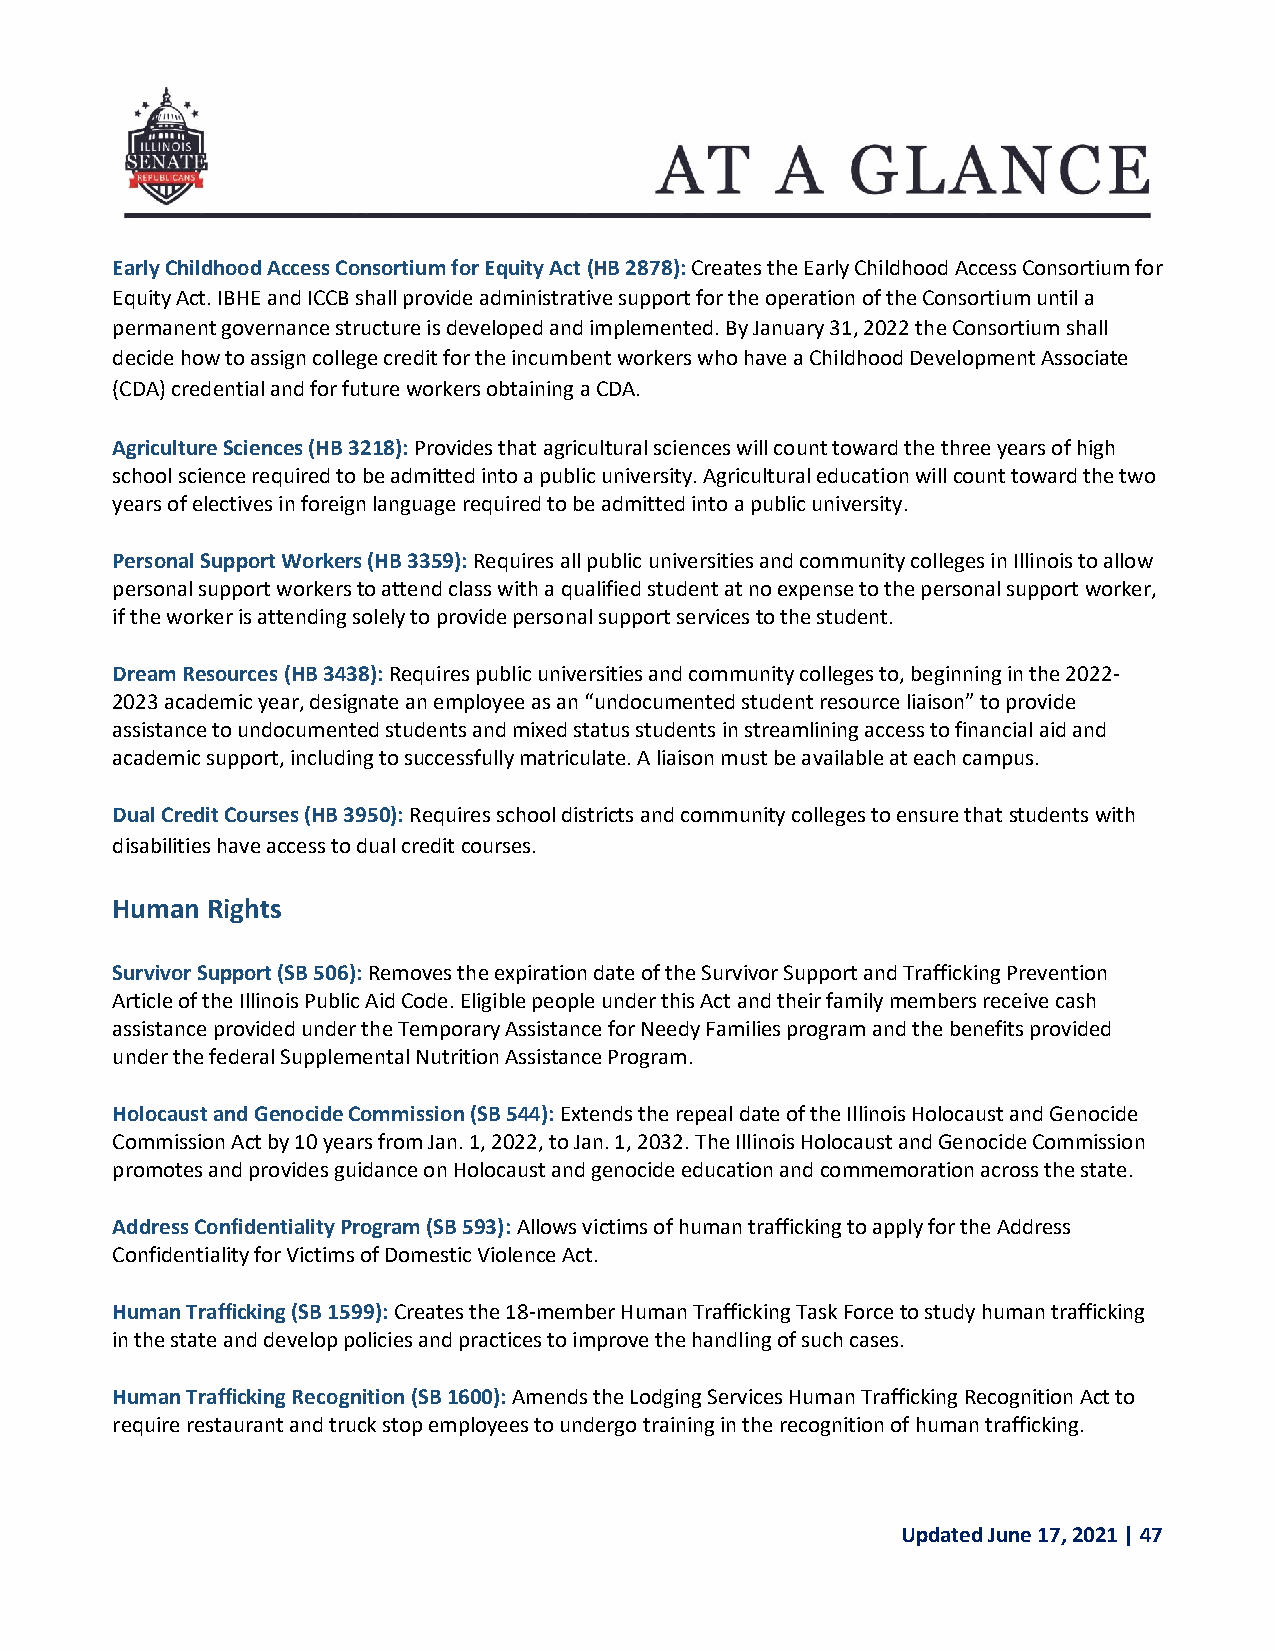
Early Childhood Access Consortium for Equity Act (HB 2878): Creates the Early Childhood Access Consortium for
 Equity Act. IBHE and ICCB shall provide administrative support for the operation of the Consortium until a
 permanent governance structure is developed and implemented. By January 31, 2022 the Consortium shall
 decide how to assign college credit for the incumbent workers who have a Childhood Development Associate
 (CDA) credential and for future workers obtaining a CDA.
 Agriculture Sciences (HB 3218): Provides that agricultural sciences will count toward the three years of high
 school science required to be admitted into a public university. Agricultural education will count toward the two
 years of electives in foreign language required to be admitted into a public university.
 Personal Support Workers (HB 3359): Requires all public universities and community colleges in Illinois to allow
 personal support workers to attend class with a qualified student at no expense to the personal support worker,
 if the worker is attending solely to provide personal support services to the student.
 Dream Resources (HB 3438): Requires public universities and community colleges to, beginning in the 2022-
 2023 academic year, designate an employee as an “undocumented student resource liaison” to provide
 assistance to undocumented students and mixed status students in streamlining access to financial aid and
 academic support, including to successfully matriculate. A liaison must be available at each campus.
 Dual Credit Courses (HB 3950): Requires school districts and community colleges to ensure that students with
 disabilities have access to dual credit courses.
 Human  Rights
 Survivor Support (SB 506): Removes the expiration date of the Survivor Support and Trafficking Prevention
 Article of the Illinois Public Aid Code. Eligible people under this Act and their family members receive cash
 assistance provided under the Temporary Assistance for Needy Families program and the benefits provided
 under the federal Supplemental Nutrition Assistance Program.
 Holocaust and Genocide Commission (SB 544): Extends the repeal date of the Illinois Holocaust and Genocide
 Commission Act by 10 years from Jan. 1, 2022, to Jan. 1, 2032. The Illinois Holocaust and Genocide Commission
 promotes and provides guidance on Holocaust and genocide education and commemoration across the state.
 Address Confidentiality Program (SB 593): Allows victims of human trafficking to apply for the Address
 Confidentiality for Victims of Domestic Violence Act.
 Human Trafficking (SB 1599): Creates the 18-member Human Trafficking Task Force to study human trafficking
 in the state and develop policies and practices to improve the handling of such cases.
 Human Trafficking Recognition (SB 1600): Amends the Lodging Services Human Trafficking Recognition Act to
 require restaurant and truck stop employees to undergo training in the recognition of human trafficking.
 Updated June 17, 2021 | 47